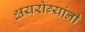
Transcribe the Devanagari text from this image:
क्षयरोग्यांनी